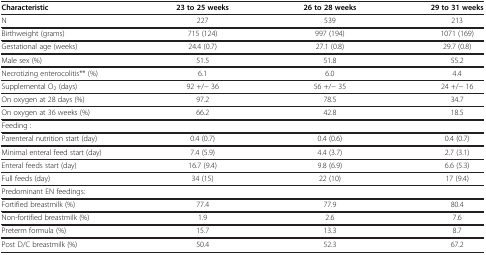
| Characteristic | 23 to 25 weeks | 26 to 28 weeks | 29 to 31 weeks |
 | --- | --- | --- | --- |
 | N | 227 | 539 | 213 |
 | Birthweight (grams) | 715 (124) | 997 (194) | 1071 (169) |
 | Gestational age (weeks) | 24.4 (0.7) | 27.1 (0.8) | 29.7 (0.8) |
 | Male sex (%) | 51.5 | 51.8 | 55.2 |
 | Necrotizing enterocolitis** (%) | 6.1 | 6.0 | 4.4 |
 | Supplemental O2 (days) | 92 +/− 36 | 56 +/− 35 | 24 +/− 16 |
 | On oxygen at 28 days (%) | 97.2 | 78.5 | 34.7 |
 | On oxygen at 36 weeks (%) | 66.2 | 42.8 | 18.5 |
 | Feeding : |  |  |  |
 | Parenteral nutrition start (day) | 0.4 (0.7) | 0.4 (0.6) | 0.4 (0.7) |
 | Minimal enteral feed start (day) | 7.4 (5.9) | 4.4 (3.7) | 2.7 (3.1) |
 | Enteral feeds start (day) | 16.7 (9.4) | 9.8 (6.9) | 6.6 (5.3) |
 | Full feeds (day) | 34 (15) | 22 (10) | 17 (9.4) |
 | Predominant EN feedings: |  |  |  |
 | Fortified breastmilk (%) | 77.4 | 77.9 | 80.4 |
 | Non-fortified breastmilk (%) | 1.9 | 2.6 | 7.6 |
 | Preterm formula (%) | 15.7 | 13.3 | 8.7 |
 | Post D/C breastmilk (%) | 50.4 | 52.3 | 67.2 |